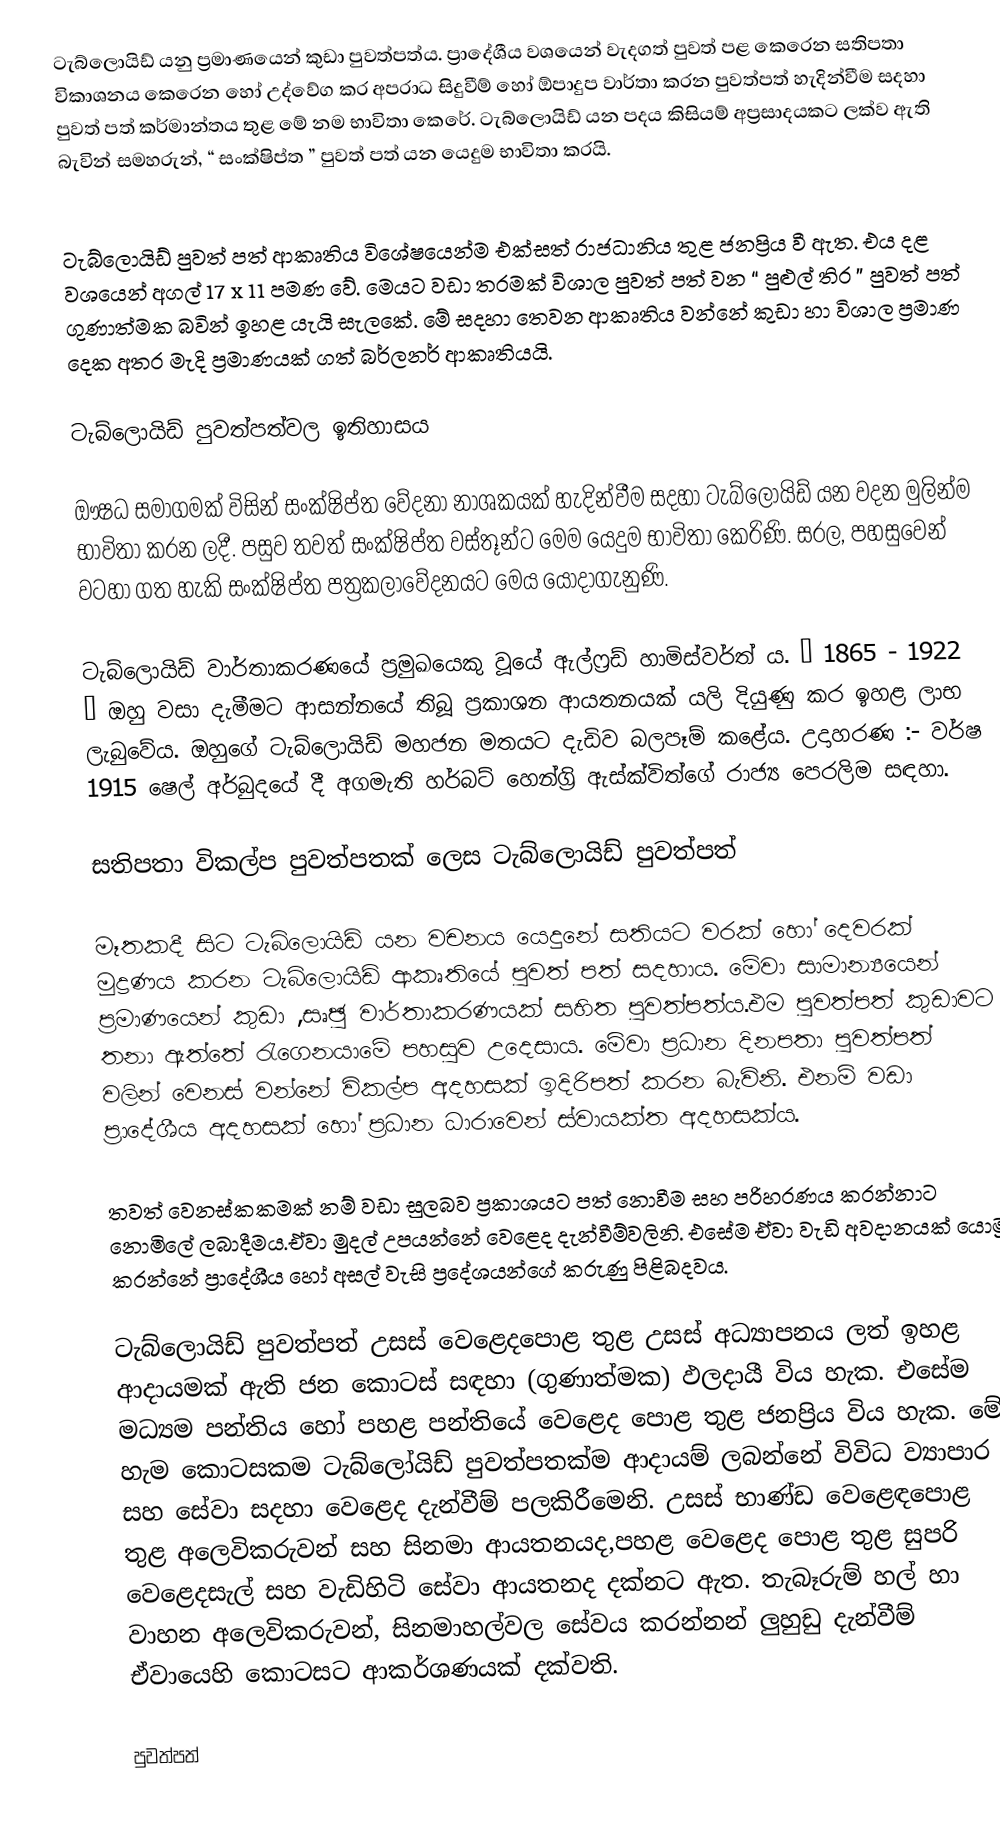
ටැබ්ලොයිඩ් යනු ප්‍රමාණයෙන් කුඩා පුවත්පත්ය. ප්‍රාදේශීය වශයෙන් වැදගත් පුවත් පළ කෙරෙන සතිපතා විකාශනය කෙරෙන හෝ උද්වේග කර අපරාධ සිදුවීම් හෝ ඕපාදුප වාර්තා කරන පුවත්පත් හැදින්වීම සදහා පුවත් පත් කර්මාන්තය තුළ මේ නම භාවිතා කෙරේ. ටැබ්ලොයිඩ් යන පදය කිසියම් අප්‍රසාදයකට ලක්ව ඇති බැවින් සමහරුන්, “ සංක්ෂිප්ත ” පුවත් පත් යන යෙදුම භාවිතා කරයි.

ටැබ්ලොයිඩ් පුවත් පත් ආකෘතිය විශේෂයෙන්ම එක්සත් රාජධානිය තුළ ජනප්‍රිය වී ඇත. එය දළ වශයෙන් අගල් 17 x 11 පමණ වේ. මෙයට වඩා තරමක් විශාල පුවත් පත් වන “ පුළුල් තිර ” පුවත් පත් ගුණාත්මක බවින් ඉහළ යැයි සැලකේ. මේ සදහා තෙවන ආකෘතිය වන්නේ කුඩා හා විශාල ප්‍රමාණ දෙක අතර මැදි ප්‍රමාණයක් ගත් බර්ලනර් ආකෘතියයි.

ටැබ්ලොයිඩ් පුවත්පත්වල ඉතිහාසය

ඖෂධ සමාගමක් විසින් සංක්ෂිප්ත වේදනා නාශකයක් හැදින්වීම සදහා ටැබ්ලොයිඩ් යන වදන මුලින්ම භාවිතා කරන ලදී. පසුව තවත් සංක්ෂිප්ත වස්තූන්ට මෙම යෙදුම භාවිතා කෙරිණි. සරල, පහසුවෙන් වටහා ගත හැකි සංක්ෂිප්ත පත්‍රකලාවේදනයට මෙය යොදාගැනුණි.

ටැබ්ලොයිඩ් වාර්තාකරණයේ ප්‍රමුඛයෙකු වූයේ ඇල්ෆ්‍රඩ් හාමිස්වර්ත් ය. “ 1865 - 1922 ” ඔහු වසා දැමීමට ආසන්නයේ තිබූ ප්‍රකාශන ආයතනයක් යලි දියුණු කර ඉහළ ලාභ ලැබුවේය. ඔහුගේ ටැබ්ලොයිඩ් මහජන මතයට දැඩිව බලපෑම් කළේය. උදාහරණ :- වර්ෂ 1915 ෂෙල් අර්බුදයේ දී අගමැති හර්බට් හෙන්ග්‍රි ඇස්ක්විත්ගේ රාජ්‍ය පෙරලිම සඳහා.

සතිපතා විකල්ප පුවත්පතක් ලෙස ටැබ්ලොයිඩ් පුවත්පත්

මෑතකදී සිට ටැබ්ලොයිඩ් යන වචනය යෙදුනේ සතියට වරක් හෝ දෙවරක් මුද්‍රණය කරන ටැබ්ලොයිඩ් ආකෘතියේ පුවත් පත් සදහාය. මේවා සාමාන්‍යයෙන් ප්‍රමාණයෙන් කුඩා ,සෘඡු වාර්තාකරණයක් සහිත පුවත්පත්ය.එම පුවත්පත් කුඩාවට තනා ඇත්තේ රැගෙනයාමේ පහසුව උදෙසාය. මේවා ප්‍රධාන දිනපතා පුවත්පත් වලින් වෙනස් වන්නේ විකල්ප අදහසක් ඉදිරිපත් කරන බැවිනි. එනම් වඩා ප්‍රාදේශීය අදහසක් හෝ ප්‍රධාන ධාරාවෙන් ස්වායක්ත අදහසක්ය.

තවත් වෙනස්කකමක් නම් වඩා සුලබව ප්‍රකාශයට පත් නොවීම සහ පරිහරණය කරන්නාට නොමිලේ ලබාදීමය.ඒවා මුදල් උපයන්නේ වෙළෙද දැන්වීම්වලිනි. එසේම ඒවා වැඩි අවදානයක් යොමු කරන්නේ ප්‍රාදේශීය හෝ අසල් වැසි ප්‍රදේශයන්ගේ කරුණු පිළිබදවය.

ටැබ්ලොයිඩ් පුවත්පත් උසස් වෙළෙදපොළ තුළ උසස් අධ්‍යාපනය ලත් ඉහළ ආදායමක් ඇති ජන කොටස් සඳහා (ගුණාත්මක) ඵලදායී විය හැක. එසේම මධ්‍යම පන්තිය හෝ පහළ පන්තියේ වෙළෙද පොළ තුළ ජනප්‍රිය විය හැක. මේ හැම කොටසකම ටැබ්ලෝයිඩ් පුවත්පතක්ම  ආදායම් ලබන්නේ විවිධ ව්‍යාපාර සහ සේවා සදහා වෙළෙද දැන්වීම් පලකිරීමෙනි.  උසස් භාණ්ඩ වෙළෙඳපොළ තුළ අලෙවිකරුවන් සහ සිනමා ආයතනයද,පහළ වෙළෙද පොළ තුළ සුපරි වෙළෙදසැල් සහ වැඩිහිටි සේවා ආයතනද දක්නට ඇත. තැබෑරුම් හල් හා වාහන අලෙවිකරුවන්, සිනමාහල්වල  සේවය කරන්නන් ලුහුඩු දැන්වීම් ඒවායෙහි කොටසට ආකර්ශණයක් දක්වති.

පුවත්පත්